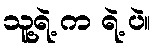
သူ့ရဲ့ က ရဲ့ ပဲ။